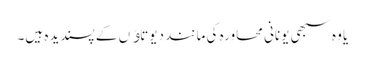
یا وہ سبھی یونانی محاورہ کی مانند دیوتاﺅں کے پسندیدہ ہیں۔